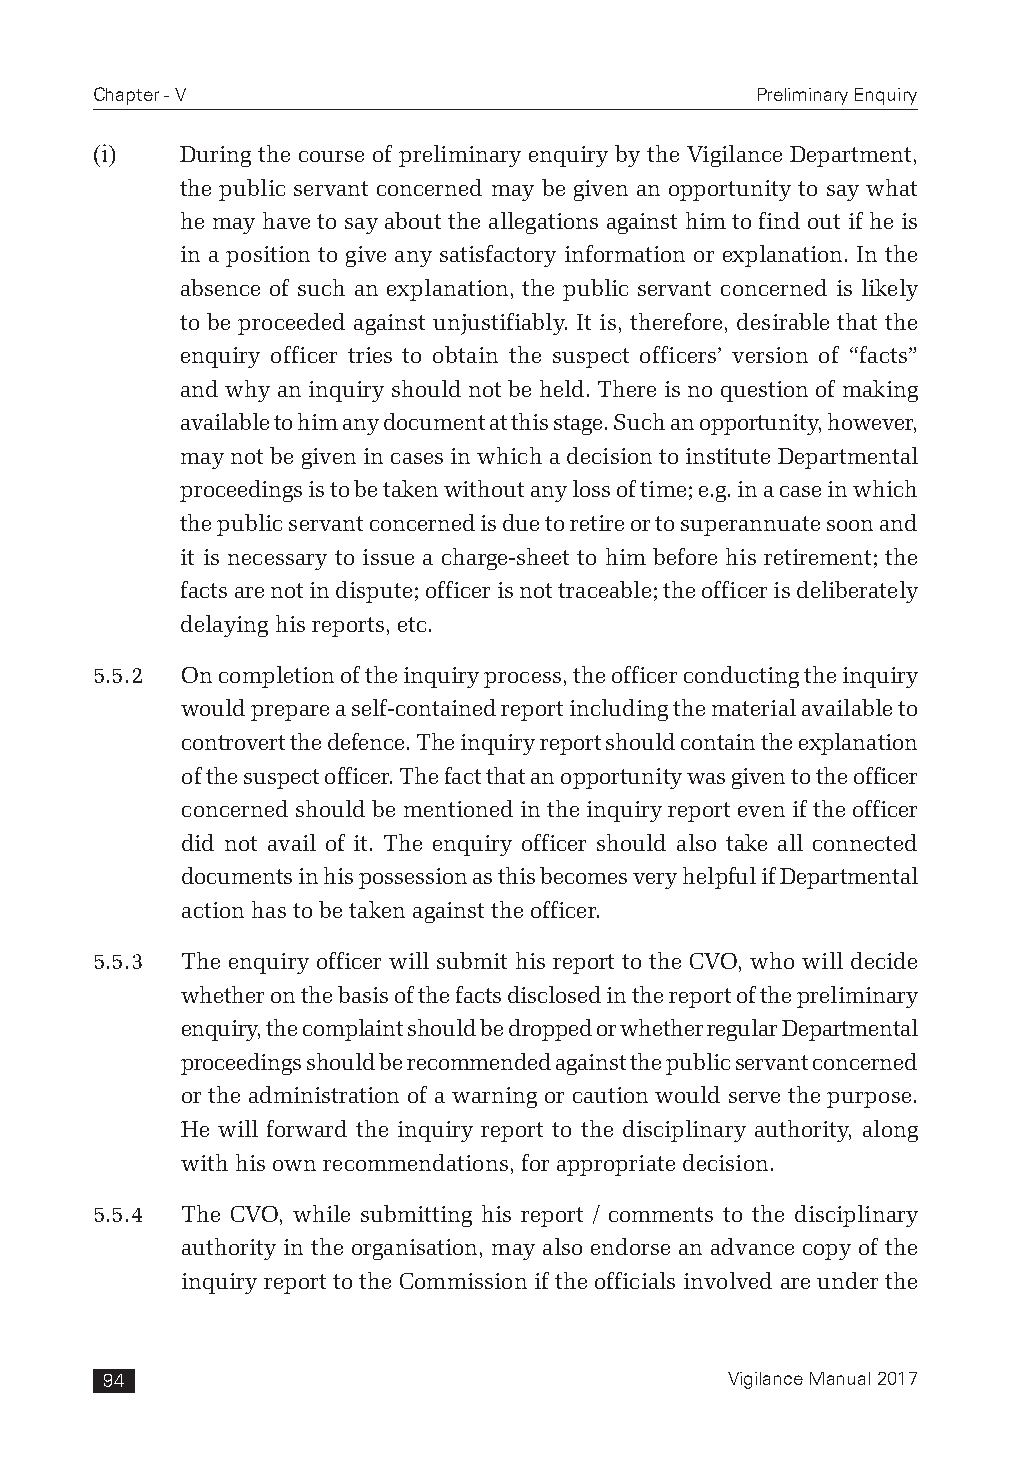
Chapter - V                                 Preliminary Enquiry
 (i)   During the course of preliminary enquiry by the Vigilance Department,
 the public servant concerned may be given an opportunity to say what
 he may have to say about the allegations against him to find out if he is
 in a position to give any satisfactory information or explanation. In the
 absence of such an explanation, the public servant concerned is likely
 to be proceeded against unjustifiably. It is, therefore, desirable that the
 enquiry officer tries to obtain the suspect officers’ version of “facts”
 and why an inquiry should not be held. There is no question of making
 available to him any document at this stage. Such an opportunity, however,
 may not be given in cases in which a decision to institute Departmental
 proceedings is to be taken without any loss of time; e.g. in a case in which
 the public servant concerned is due to retire or to superannuate soon and
 it is necessary to issue a charge-sheet to him before his retirement; the
 facts are not in dispute; officer is not traceable; the officer is deliberately
 delaying his reports, etc.
 5.5.2 On completion of the inquiry process, the officer conducting the inquiry
 would prepare a self-contained report including the material available to
 controvert the defence. The inquiry report should contain the explanation
 of the suspect officer. The fact that an opportunity was given to the officer
 concerned should be mentioned in the inquiry report even if the officer
 did not avail of it. The enquiry officer should also take all connected
 documents in his possession as this becomes very helpful if Departmental
 action has to be taken against the officer.
 5.5.3 The enquiry officer will submit his report to the CVO, who will decide
 whether on the basis of the facts disclosed in the report of the preliminary
 enquiry, the complaint should be dropped or whether regular Departmental
 proceedings should be recommended against the public servant concerned
 or the administration of a warning or caution would serve the purpose.
 He will forward the inquiry report to the disciplinary authority, along
 with his own recommendations, for appropriate decision.
 5.5.4 The CVO, while submitting his report / comments to the disciplinary
 authority in the organisation, may also endorse an advance copy of the
 inquiry report to the Commission if the officials involved are under the
 94                                       Vigilance Manual 2017